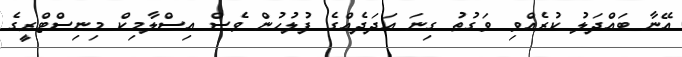
އޭނާ ބައްދަލު ކުރެއްވި ވަގުތު ގިނަ އަދަދެއްގެ ފުލުހުން ވެސް އިސްލާމިކް މިނިސްޓްރީގެ